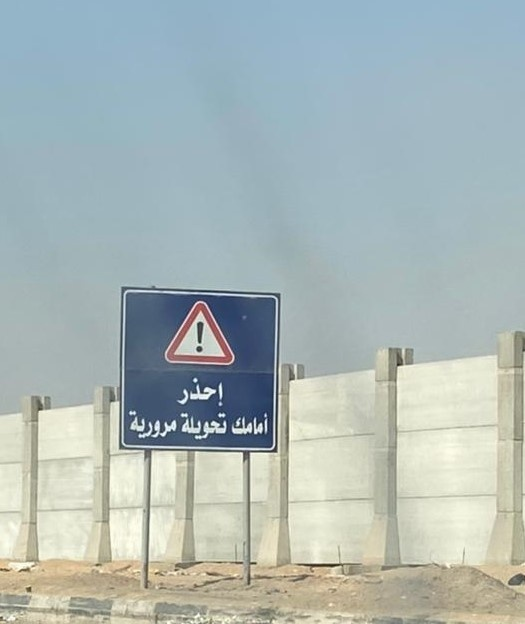
Text in image: إحذر أمامك مرورية تحويلة